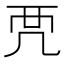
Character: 𧟣